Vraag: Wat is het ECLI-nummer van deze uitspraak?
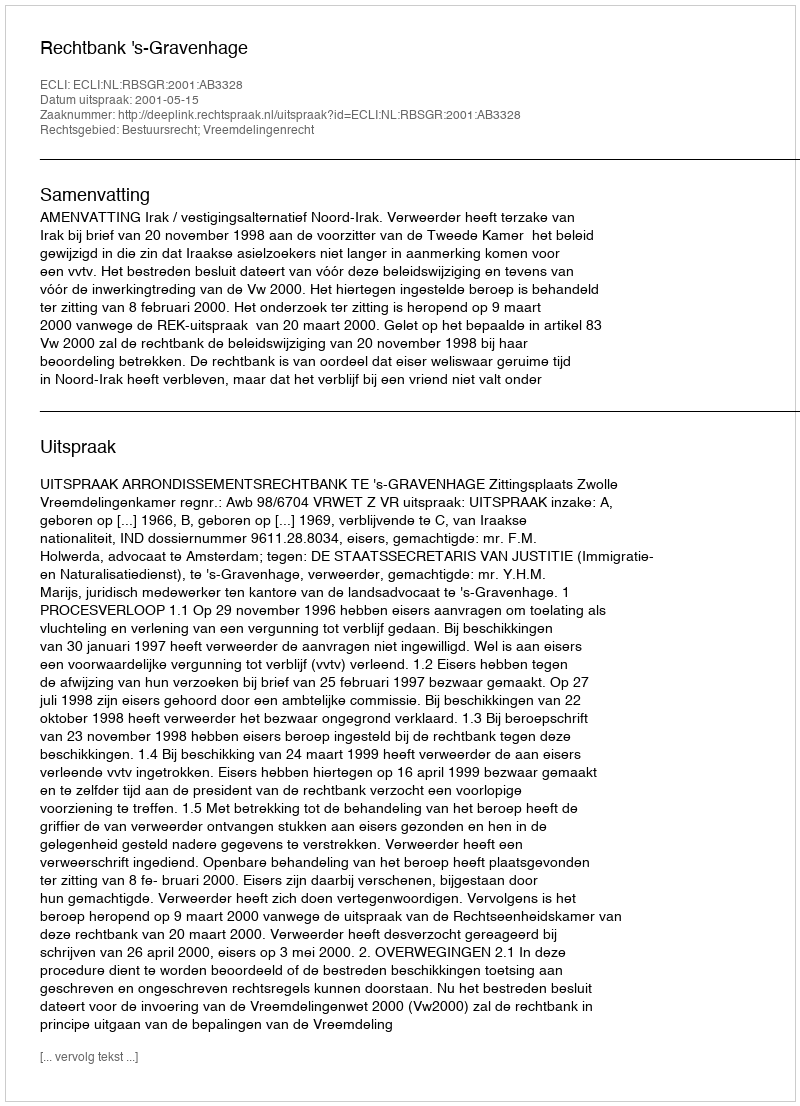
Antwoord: ECLI:NL:RBSGR:2001:AB3328